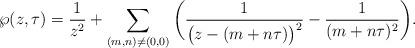
LaTeX: \begin{align*}\wp(z,\tau) = \frac{1}{z^2} + \sum_{(m,n) \neq (0,0)} \bigg(\frac{1}{\big(z - (m + n\tau)\big)^2} - \frac{1}{(m+n\tau)^2}\bigg).\end{align*}